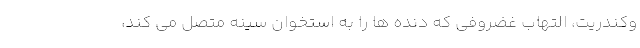
وکندریت، التهاب غضروفی که دنده ها را به استخوان سینه متصل می کند،